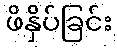
ဖိနှိပ်ခြင်း